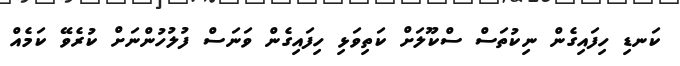
ކަނޑި ހިފައިގެން ނިކުތަސް ސްކޫލަށް ކަތިވަޅި ހިފައިގެން ވަނަސް ފުލުހުންނަށް ކުރެވޭ ކަމެއް